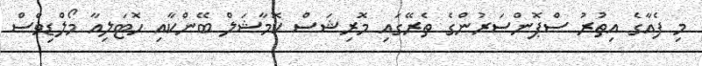
މި ފެއާގެ އިތުރު ސްޕޮންސަރުންގެ ތެރޭގައި މޮރިޝަސް ކޮމާޝަލް ބޭންކާއި ހޮޓަލިއާ މޯލްޑިވްސް